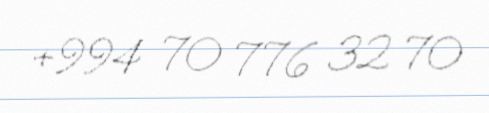
+994 70 776 32 70